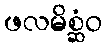
ဖလမိစ္ဆံဝ